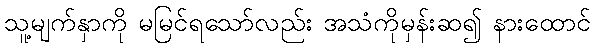
သူ့မျက်နှာကို မမြင်ရသော်လည်း အသံကိုမှန်းဆ၍ နားထောင်